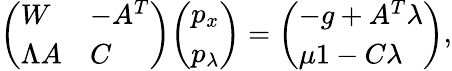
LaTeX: {\left(\begin{array}{ll}{W}&{-A^{T}}\\ {\Lambda A}&{C}\end{array}\right)}{\left(\begin{array}{l}{p_{x}}\\ {p_{\lambda}}\end{array}\right)}={\left(\begin{array}{l}{-g+A^{T}\lambda}\\ {\mu 1-C\lambda}\end{array}\right)},